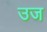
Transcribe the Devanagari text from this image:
उज